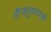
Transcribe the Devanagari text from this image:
वीजपुरवत्याची